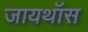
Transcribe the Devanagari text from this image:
जायथॉस